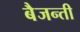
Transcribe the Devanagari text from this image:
बैजन्ती